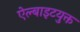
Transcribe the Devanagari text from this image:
ऐल्बाइटयुक्त